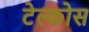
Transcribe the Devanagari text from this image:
टेल्कोस